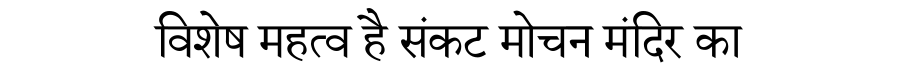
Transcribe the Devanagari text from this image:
विशेष महत्व है संकट मोचन मंदिर का